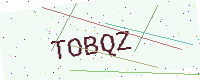
Text: TOBQZ